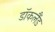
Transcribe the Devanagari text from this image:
डॉकलैंड